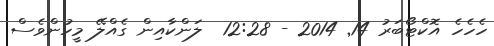
ހެހެހެ އޮކްޓޯބަރު 14